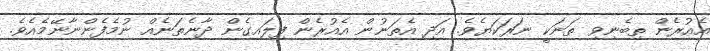
އެއުރެން ތިބެނިވި ތަނަކީ ނަރަކަޔެވެ. އަދި އެތަނުން އެއުރެން ފިލައިގެން ދާނެތަނެއް ނުމެފެންނާނޭމެއެވެ.